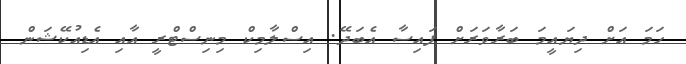
ހަމަ އަށް ދިޔައީމަ ބަރާވަރަށް ފައިސާ އެބަދޭ. އިސްލާމިކް މިނިސްޓްރީ އާއި އެޑިއުކޭޝަން